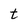
Character: t